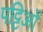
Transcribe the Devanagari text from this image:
पट्टिओं